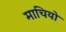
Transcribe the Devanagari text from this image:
माचियो